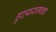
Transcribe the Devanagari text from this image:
ह्रुदयरामाचा